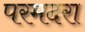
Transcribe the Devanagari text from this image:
परमदरा